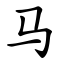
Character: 马